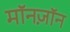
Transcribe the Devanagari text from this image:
मॉनज़ॉन